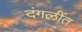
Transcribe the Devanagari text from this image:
दंगलींत